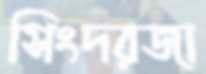
সিংদরজা